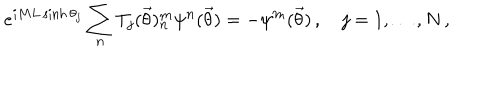
e ^ { i M L \sinh \theta _ { j } } \sum _ { \mathbf { n } } T _ { j } ( \vec { \theta } ) _ { \mathbf { n } } ^ { \mathbf { m } } \psi ^ { \mathbf { n } } ( \vec { \theta } ) = - \psi ^ { \mathbf { m } } ( \vec { \theta } ) \, , \quad j = 1 , \ldots , N \, ,